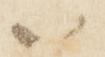
八